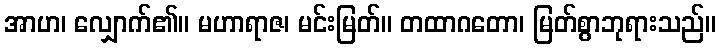
အာဟ၊ လျှောက်၏။ မဟာရာဇ၊ မင်းမြတ်။ တထာဂတော၊ မြတ်စွာဘုရားသည်။